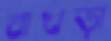
বাখড়া